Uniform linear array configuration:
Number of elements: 48
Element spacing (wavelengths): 0.25
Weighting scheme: hamming
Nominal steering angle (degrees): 60
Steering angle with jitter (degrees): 60.571
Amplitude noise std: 0.05
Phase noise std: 0.05

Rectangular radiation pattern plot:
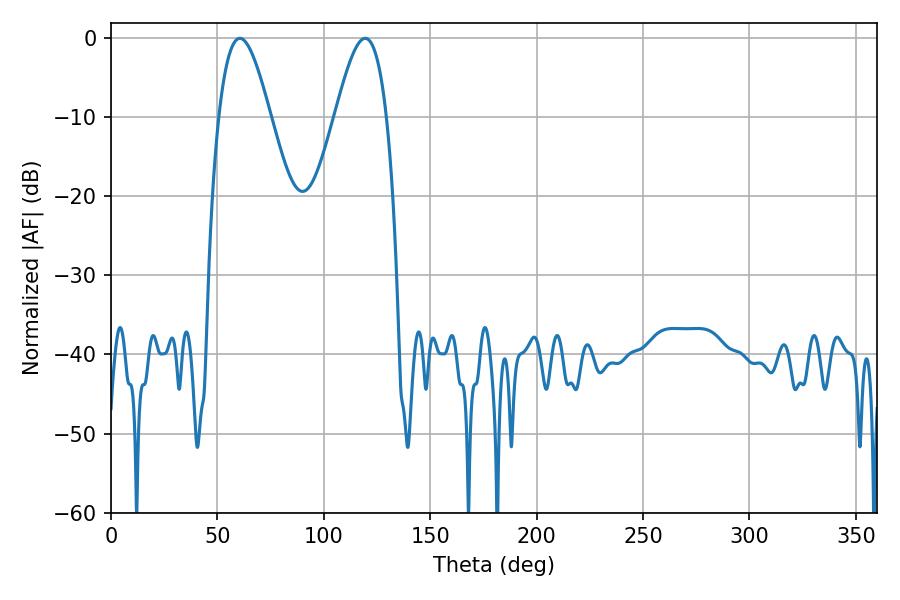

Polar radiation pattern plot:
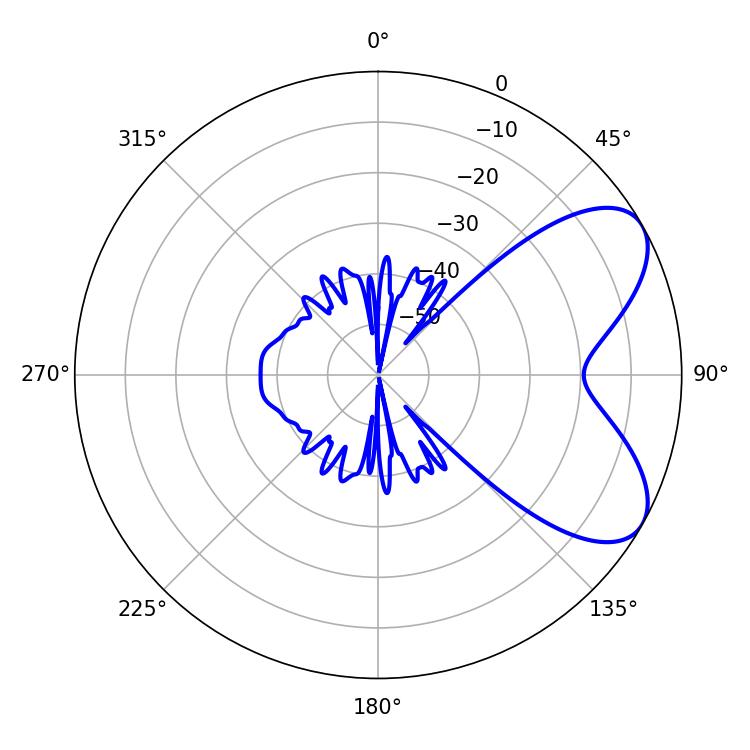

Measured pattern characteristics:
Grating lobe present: FALSE
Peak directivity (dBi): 6.56
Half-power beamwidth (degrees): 12.96
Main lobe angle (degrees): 60.48